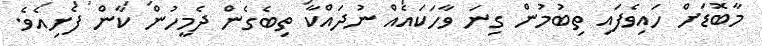
މާބޮޑަށް ހައިވެފައި ތިބުމުން ގިނަ ވާހަކައެއް ނުދައްކާ ތިބެގެން ދެމީހުން ކާން ފެށިއެވެ.